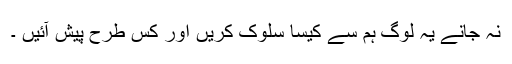
نہ جانے یہ لوگ ہم سے کیسا سلوک کریں اور کس طرح پیش آئیں ۔